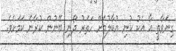
ގިނަވާތީ އާ އެކު ކުނި އުުުކާލުމަށް ހަތަރު ދޯނި ބޭނުން ކުރާނެ ކަމަށެވެ.